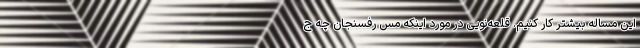
این مساله بیشتر کار کنیم. قلعه‌نویی در مورد اینکه مس رفسنجان چه ج